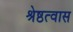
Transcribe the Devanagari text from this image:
श्रेष्ठत्वास